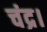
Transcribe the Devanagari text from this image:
चंद्र।